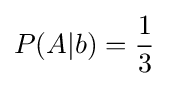
P(A|b)={\frac {1}{3}}